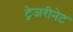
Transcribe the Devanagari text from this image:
ट्रेजरीनेट